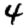
Digit: 4